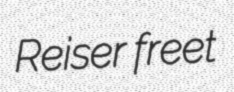
Reiser freet